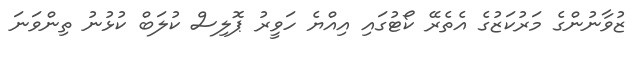
ޒުވާނުންގެ މަރުކަޒުގެ އެތެރޭ ކޯޓުގައި އިއްޔެ ހަވީރު ޕޮލިސް ކުލަބް ކުޅުނު ތިންވަނަ